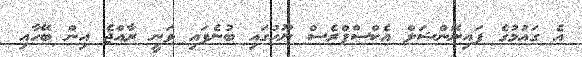
އެ ގައުމުގެ ފައިނޭންޝަލް އެކްސްޕްރެސް ނޫހުގައި ބުނެފައި ވަނީ ރާއްޖެ އިން ބޭހާއި